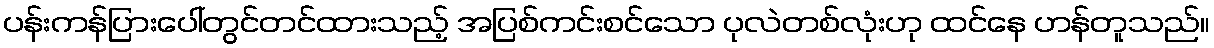
ပန်းကန်ပြားပေါ်တွင်တင်ထားသည့် အပြစ်ကင်းစင်သော ပုလဲတစ်လုံးဟု ထင်နေ ဟန်တူသည်။